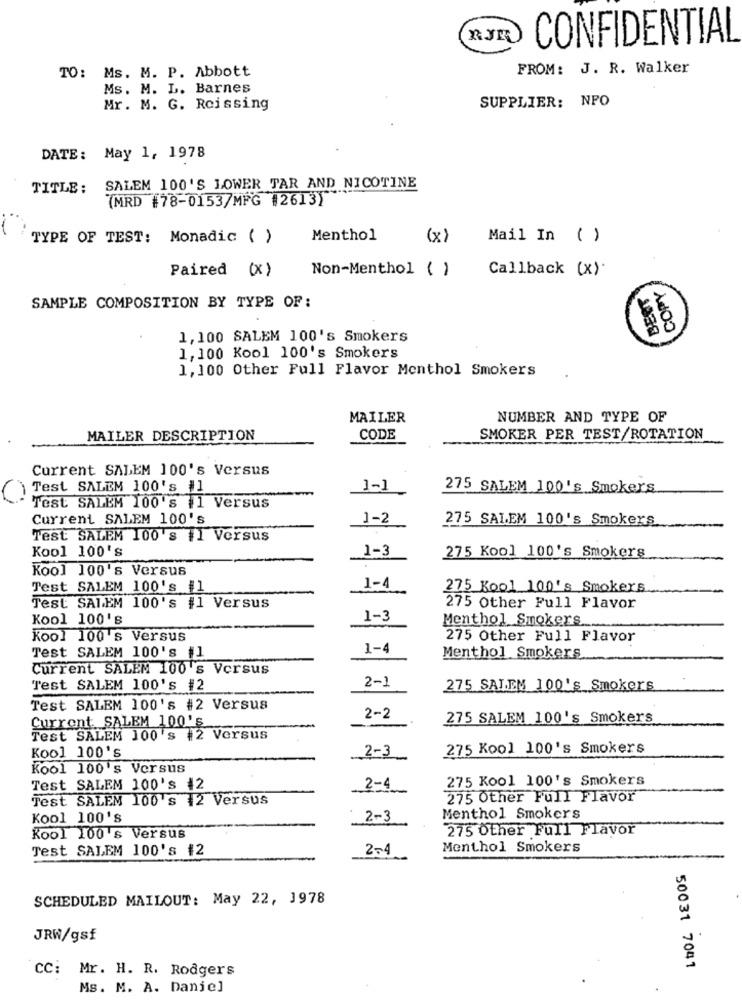
CONFIDENTIAL
TO: Ms. M. P. Abbott
FROM: J. R. Walker
Ms. M. L. Barnes
SUPPLIER: NPO
Mr. M. G. Rcissing
DATE: May 1, 1978
TITLE: SALEM 100'S LOWER TAR AND NICOTINE
(MRD #78-0153/MFG #2613)
TYPE OF TEST: Monadic ( )
Menthol
(x)
Mail In ( )
Paired (x)
Non-Menthol ( )
Callback (x).
COPY
BERT
SAMPLE COMPOSITION BY TYPE OF:
1,100 SALEM 100's Smokers
1,100 Kool 100's Smokers
1,100 Other Full Flavor Menthol Smokers
MAILER
NUMBER AND TYPE OF
MAILER DESCRIPTION
CODE
SMOKER PER TEST/ROTATION
Current SALEM 100's Versus
Test SALEM 100's #1
1-1
275 SALEM 100's Smokers
Test SALEM 100's #1 Versus
Current SALEM 100's
1-2
275 SALEM 100's Smokers
Test SALEM 100's #1 Versus
Kool 100's
1-3
275 Kool 100's Smokers
Kool 100's Versus
Test SALEM 100's #1
1-4
275 Kool 100's Smokers
Test SALEM 100's #1 Versus
275 Other Full Flavor
Kool 100's
1-3
Menthol Smokers
Kool 100 's Versus
275 Other Full Flavor
Test SALEM 100's #1
1-4
Menthol Smokers
Current SALEM 100 's Versus
2-1
Test SALEM 100's #2
275 SALEM 100's Smokers
Test SALEM 100's #2 Versus
Current: SALEM 100's
2-2
275 SALEM 100's Smokers
Test SALEM 100 's #2 Versus
2-3
275 Kool 100's Smokers
Kool 100's
Kool 100's Versus
275 Kool 100's Smokers
Test SALEM 100's 42
2-4
Test SALEM 100's 12 Versus
275 Other Full Flavor
Kool 100's
2-3
Menthol Smokers
275 Other Full Flavor
Kool 100's Versus
Test SALEM 100's #2
2-4
Menthol Smokers
SCHEDULED MAILOUT: May 22, 1978
JRW/gsf
50031 7041
CC: Mr. H. R. Rodgers
Ms. M. A. Danje]